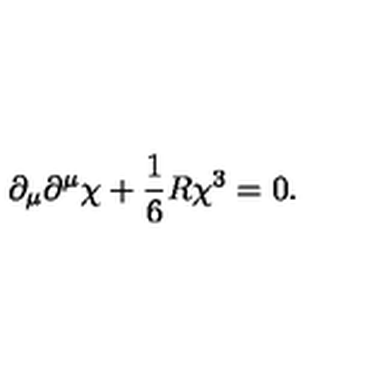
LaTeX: \partial _ { \mu } \partial ^ { \mu } \chi + \frac { 1 } { 6 } R \chi ^ { 3 } = 0 .